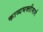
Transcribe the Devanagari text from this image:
काव्यभक्तीमार्ग